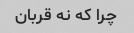
چرا که نه قربان